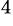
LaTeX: ^{4}